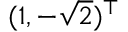
( 1 , - \sqrt { 2 } ) ^ { \top }